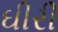
ઘીરી